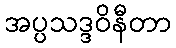
အပ္ပသဒ္ဒဝိနီတာ